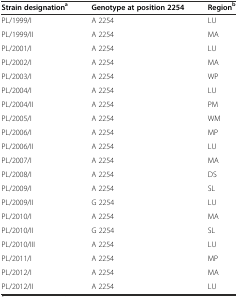
<table><thead><tr><td><b>Strain designation<sup>a</sup></b></td><td><b>Genotype at position 2254</b></td><td><b>Region<sup>b</sup></b></td></tr></thead><tbody><tr><td>PL/1999/I</td><td>A 2254</td><td>LU</td></tr><tr><td>PL/1999/II</td><td>A 2254</td><td>MA</td></tr><tr><td>PL/2001/I</td><td>A 2254</td><td>LU</td></tr><tr><td>PL/2002/I</td><td>A 2254</td><td>MA</td></tr><tr><td>PL/2003/I</td><td>A 2254</td><td>WP</td></tr><tr><td>PL/2004/I</td><td>A 2254</td><td>LU</td></tr><tr><td>PL/2004/II</td><td>A 2254</td><td>PM</td></tr><tr><td>PL/2005/I</td><td>A 2254</td><td>WM</td></tr><tr><td>PL/2006/I</td><td>A 2254</td><td>MP</td></tr><tr><td>PL/2006/II</td><td>A 2254</td><td>LU</td></tr><tr><td>PL/2007/I</td><td>A 2254</td><td>MA</td></tr><tr><td>PL/2008/I</td><td>A 2254</td><td>DS</td></tr><tr><td>PL/2009/I</td><td>A 2254</td><td>SL</td></tr><tr><td>PL/2009/II</td><td>G 2254</td><td>LU</td></tr><tr><td>PL/2010/I</td><td>A 2254</td><td>MA</td></tr><tr><td>PL/2010/II</td><td>G 2254</td><td>SL</td></tr><tr><td>PL/2010/III</td><td>A 2254</td><td>LU</td></tr><tr><td>PL/2011/I</td><td>A 2254</td><td>MP</td></tr><tr><td>PL/2012/I</td><td>A 2254</td><td>MA</td></tr><tr><td>PL/2012/II</td><td>A 2254</td><td>LU</td></tr></tbody></table>